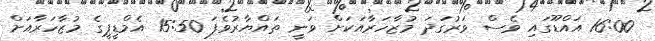
16:00 އައްޑޫގައި ވެސް ވަރުގަދަ މުޒާހަރާއަކަށް ވަނީ ތައްޔާރުވެފަ 15:50 އެމްޑީޕީގެ މުޒާހަރާއަށް